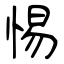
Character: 惕